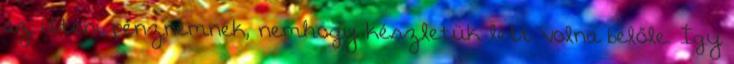
az itteni pénznemnek, nemhogy készletük lett volna belőle. Így